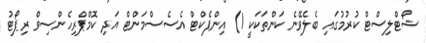
ޝޯޓްލިސްޓް ކުރުމުގައި ބެލެވޭނެ ކަންތަކަކީ 1) އިންޕެކްޓް އެސެސްމަންޓް އަދި ކޮމްޕްރިހެންސިވް ރިޕޯޓު